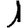
Digit: 1